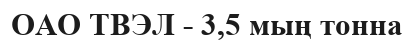
ОАО ТВЭЛ - 3,5 мың тонна